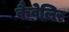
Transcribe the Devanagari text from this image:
कैवेलिर